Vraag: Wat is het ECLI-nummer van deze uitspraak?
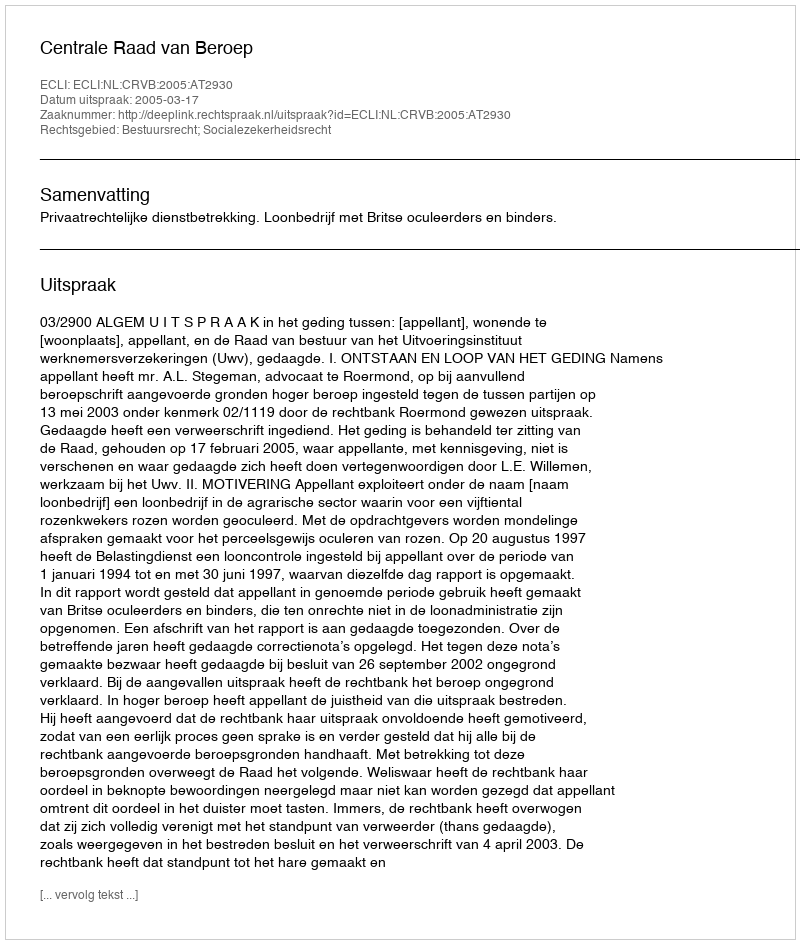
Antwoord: ECLI:NL:CRVB:2005:AT2930